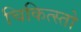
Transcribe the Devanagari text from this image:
चिकित्स्तो